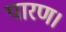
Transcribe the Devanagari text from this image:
पारण।